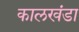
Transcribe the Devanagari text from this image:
कालखंडा